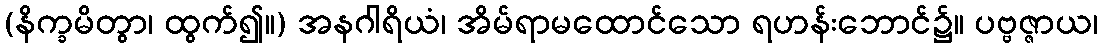
(နိက္ခမိတွာ၊ ထွက်၍။) အနဂါရိယံ၊ အိမ်ရာမထောင်သော ရဟန်းဘောင်၌။ ပဗ္ဗဇ္ဇာယ၊